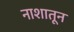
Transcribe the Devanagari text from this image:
नाशातून